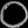
Digit: ၀